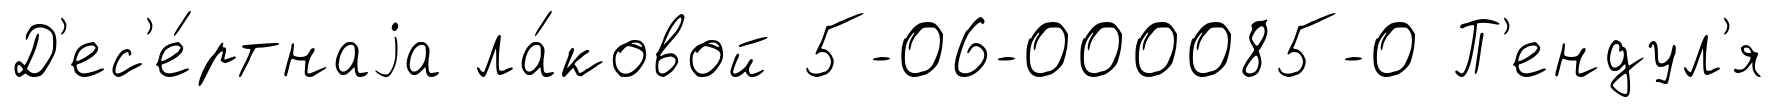
Д'ес'е́ртнаjа ла́ковой 5-06-000085-0 П'ендул'я